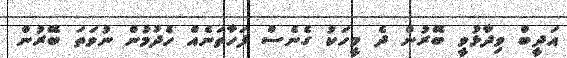
އަދީބް ވިދާޅުވީ ބޭރުން ދެ މީހަކު ގެނެސް ފަހާތަނެއް ހެދުމުން ނުވަތަ ބޭރުން